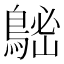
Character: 𪁷